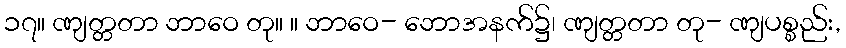
၁၇။ ဏျတ္တတာ ဘာဝေ တု။ ။ ဘာဝေ- ဘောအနက်၌၊ ဏျတ္တတာ တု- ဏျပစ္စည်း,